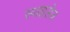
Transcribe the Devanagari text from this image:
स्पाइसेज